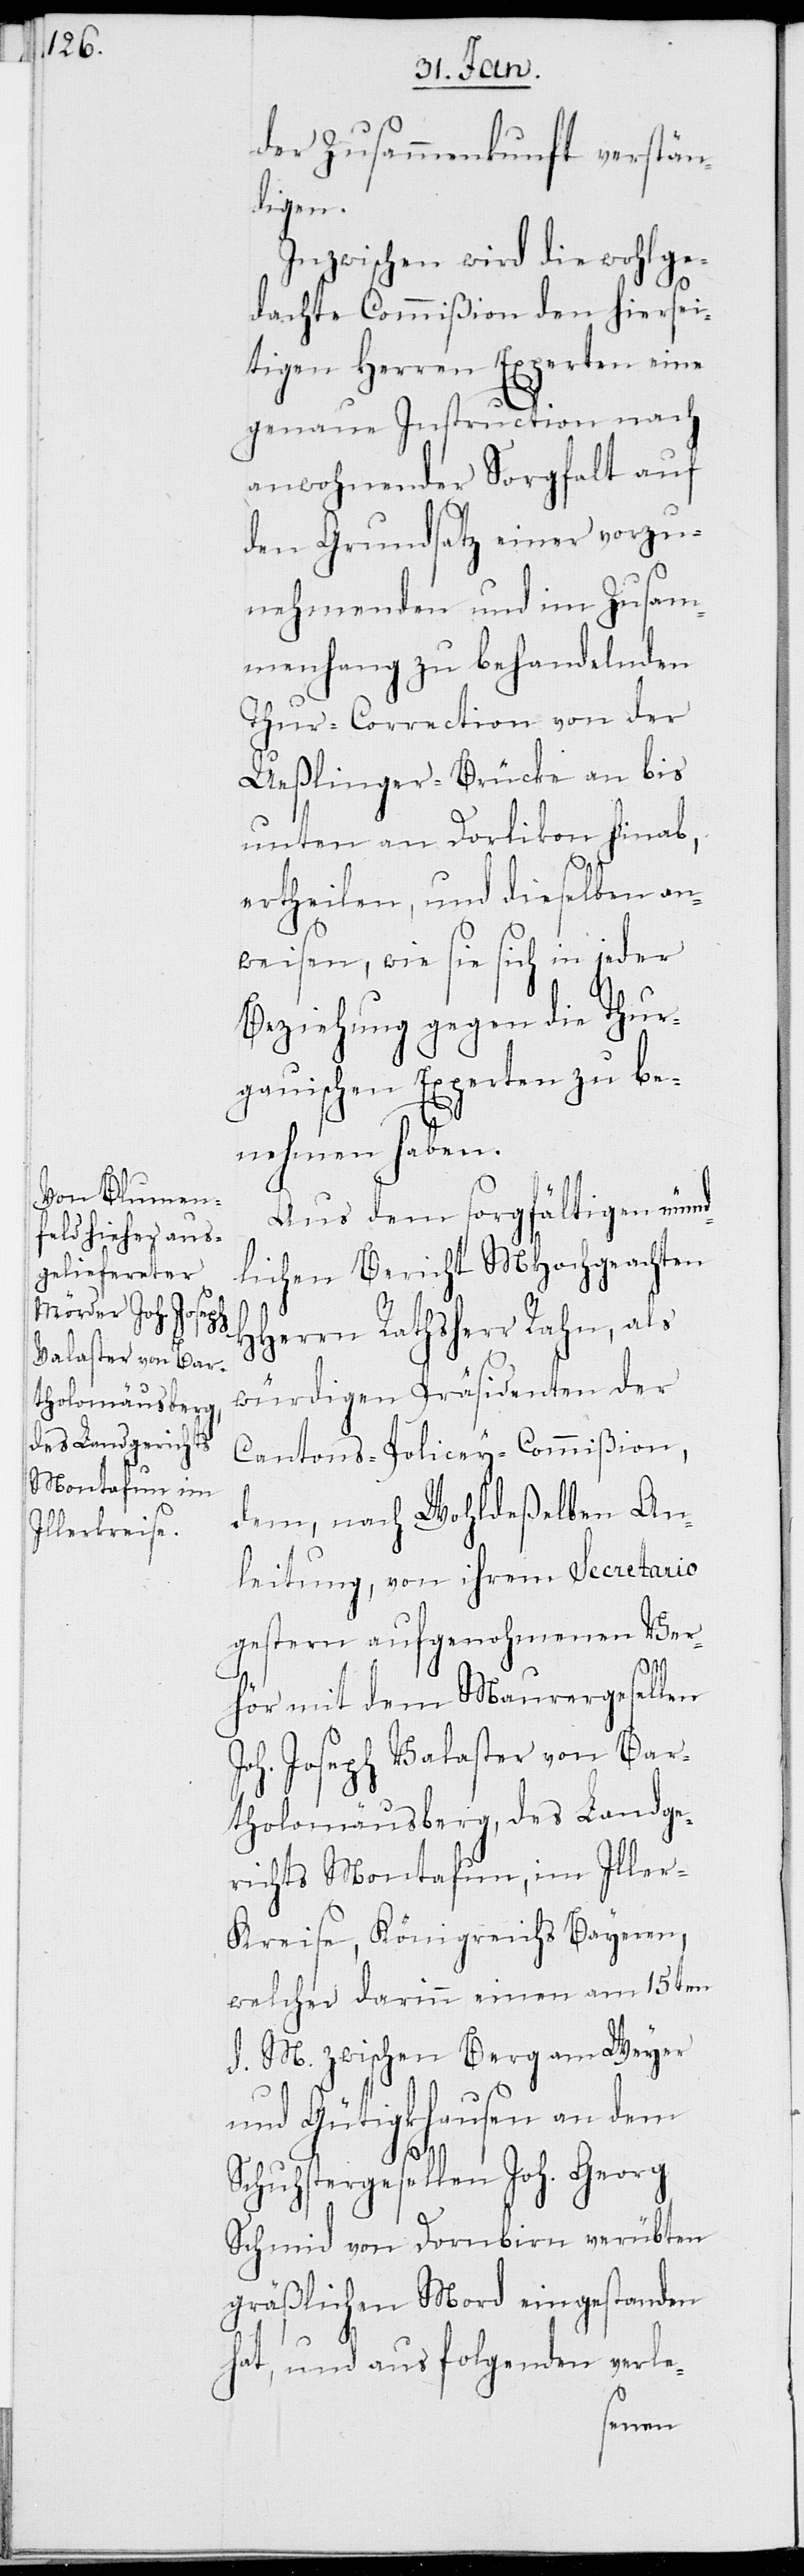
H¬

der Zusammenkunft verstän¬
digen.
Inzwischen wird die wohlge¬
dachte Commißion den hiersei¬
tigen Herren Experten eine
genaue Instruction nach
anwohnender Sorgfalt auf
den Grundsatz einer vorzu¬
nehmenden und im Zusam¬
menhang zu behandelnden
Thur-Correction von der
Ueßlinger-Brücke an bis
unten an Dorlikon hinab,
ertheilen, und dieselben an¬
weisen, wie sie sich in jeder
Beziehung gegen die Thur¬
gauischen Experten zu be¬
nehmen haben.
Aus dem sorgfältigen münd¬
lichen Bericht MHochgeachten
Herrn Rathsherr Rahn, als
würdigen Präsidenten der
Cantons-Policey-Commißion,
dem, nach Wohldeßelben An¬
leitung, von ihrem Secretario
gestern aufgenohmenen Ver¬
hör mit dem Maurergesellen
Joh. Joseph Valaster von Bar¬
tholomäusberg, des Landge¬
richts Montafun, im Iller-K¬
reise, Königreichs Bayern,
welcher darinn einen am 15ten
d. M. zwischen Berg am Weyer
und Gütigkhausen
an dem
Schuhstergesellen Joh. Georg
Schmid von Dornbirn verübten
gräßlichen Mord eingestanden
hat, und aus folgenden verle-